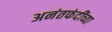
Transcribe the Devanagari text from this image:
अनंतफंदींच्या